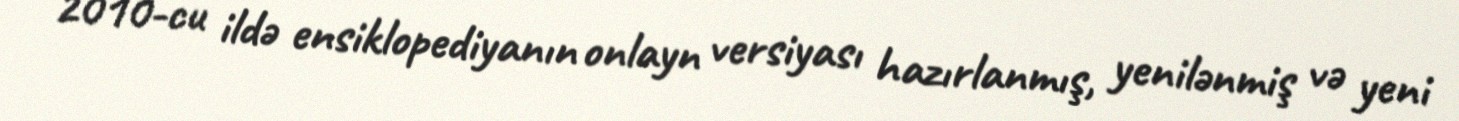
2010-cu ildə ensiklopediyanın onlayn versiyası hazırlanmış, yenilənmiş və yeni